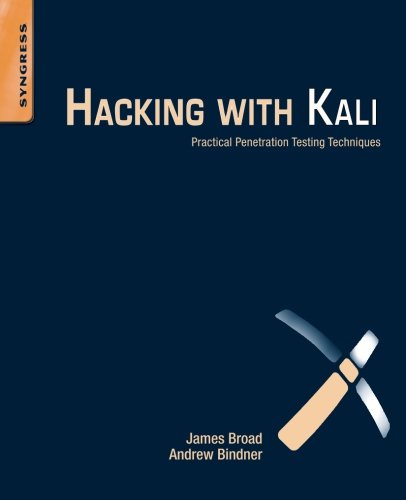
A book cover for Hacking with Kali: Practical Penetration Testing Techniques; James Broad; Computers & Technology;